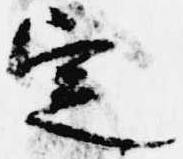
定